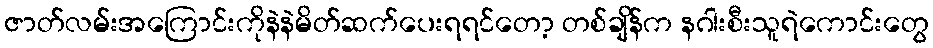
ဇာတ်လမ်းအကြောင်းကိုနဲနဲမိတ်ဆက်ပေးရရင်တော့ တစ်ချိန်က နဂါးစီးသူရဲကောင်းတွေ